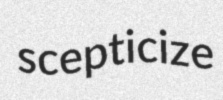
scepticize